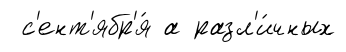
с'ент'ябр'я́ а разл'и́чных